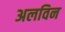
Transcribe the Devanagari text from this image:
अलविन